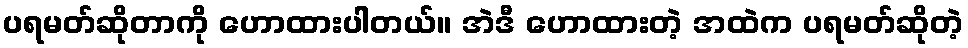
ပရမတ်ဆိုတာကို ဟောထားပါတယ်။ အဲဒီ ဟောထားတဲ့ အထဲက ပရမတ်ဆိုတဲ့